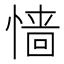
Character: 𢠁